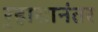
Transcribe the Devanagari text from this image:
र्‍हासानंतर